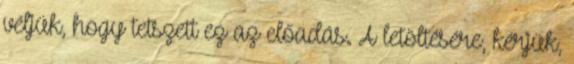
véljük, hogy tetszett ez az előadás. A letöltésére, kérjük,